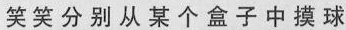
笑笑分别从某个盒子中摸球